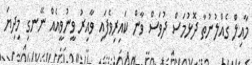
މާއިލް ގެއްލުނުތާ ދޮޅުމަސް ދުވަސް ވާން ކައިރިވެފައި ވާއިރު ވީނުވީއެއް ނޭނގި މިދިޔަ